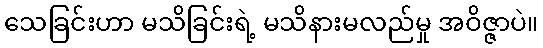
သေခြင်းဟာ မသိခြင်းရဲ့ မသိနားမလည်မှု အဝိဇ္ဇာပဲ။